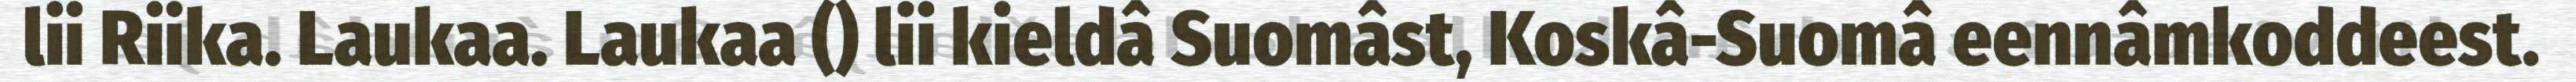
lii Riika. Laukaa. Laukaa () lii kieldâ Suomâst, Koskâ-Suomâ eennâmkoddeest.